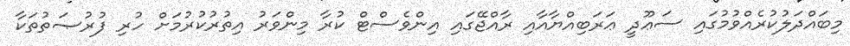
މިބައްދަލުކުރެއްވުމުގައި ސަޢޫދީ ޢަރަބިއްޔާއާއި ރާއްޖޭގައި އިންވެސްޓް ކުރާ މިންވަރު އިތުރުކުރުމަށް ހުރި ފުރުޞަތުތަކާ